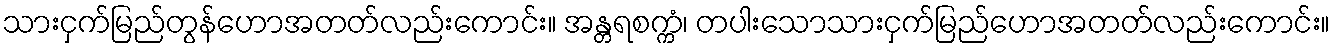
သားငှက်မြည်တွန်ဟောအတတ်လည်းကောင်း။ အန္တရစက္ကံ၊ တပါးသောသားငှက်မြည်ဟောအတတ်လည်းကောင်း။